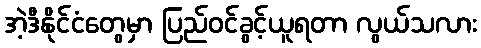
အဲ့ဒီနိုင်ငံတွေမှာ ပြည်ဝင်ခွင့်ယူရတာ လွယ်သလား